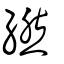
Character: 繎